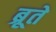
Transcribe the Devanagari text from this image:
ब्रूते